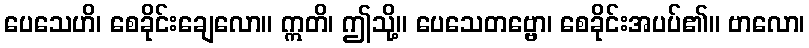
ပေသေဟိ၊ စေခိုင်းချေလော။ ဣတိ၊ ဤသို့။ ပေသေတဗ္ဗော၊ စေခိုင်းအပပ်၏။ ဗာလော၊